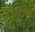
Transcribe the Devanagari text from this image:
केंजळगडावरून